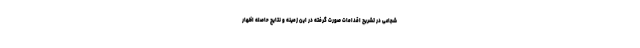
شجاعی در تشریح اقدامات صورت گرفته در این زمینه و نتایج حاصله اظهار